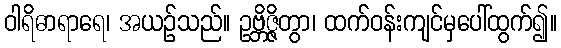
ဝါရိဓာရာရေ၊ အယဉ်သည်။ ဥဗ္ဘိဇ္ဇိတွာ၊ ထက်ဝန်းကျင်မှပေါ်ထွက်၍။